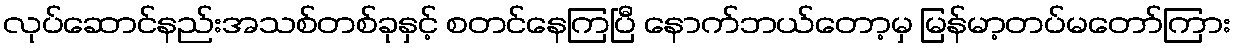
လုပ်ဆောင်နည်းအသစ်တစ်ခုနှင့် စတင်နေကြပြီ နောက်ဘယ်တော့မှ မြန်မာ့တပ်မတော်ကြား